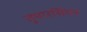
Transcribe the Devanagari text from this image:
तुषारसिंचन